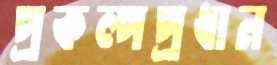
প্রকল্পপ্রধান